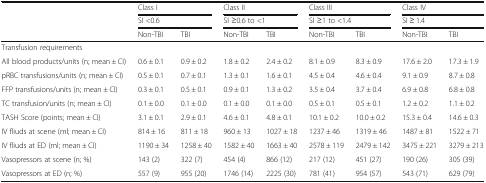
<table><thead><tr><td></td><td colspan="2"><b>Class I</b></td><td colspan="2"><b>Class II</b></td><td colspan="2"><b>Class III</b></td><td colspan="2"><b>Class IV</b></td></tr><tr><td></td><td colspan="2"><b>SI &lt;0.6</b></td><td colspan="2"><b>SI ≥0.6 to &lt;1</b></td><td colspan="2"><b>SI ≥1 to &lt;1.4</b></td><td colspan="2"><b>SI ≥ 1.4</b></td></tr><tr><td></td><td><b>Non-TBI</b></td><td><b>TBI</b></td><td><b>Non-TBI</b></td><td><b>TBI</b></td><td><b>Non-TBI</b></td><td><b>TBI</b></td><td><b>Non-TBI</b></td><td><b>TBI</b></td></tr></thead><tbody><tr><td>Transfusion requirements</td><td></td><td></td><td></td><td></td><td></td><td></td><td></td><td></td></tr><tr><td>All blood products/units (n; mean ± CI)</td><td>0.6 ± 0.1</td><td>0.9 ± 0.2</td><td>1.8 ± 0.2</td><td>2.4 ± 0.2</td><td>8.1 ± 0.9</td><td>8.3 ± 0.9</td><td>17.6 ± 2.0</td><td>17.3 ± 1.9</td></tr><tr><td>pRBC transfusions/units (n; mean ± CI)</td><td>0.5 ± 0.1</td><td>0.7 ± 0.1</td><td>1.3 ± 0.1</td><td>1.6 ± 0.1</td><td>4.5 ± 0.4</td><td>4.6 ± 0.4</td><td>9.1 ± 0.9</td><td>8.7 ± 0.8</td></tr><tr><td>FFP transfusions/units (n; mean ± CI)</td><td>0.3 ± 0.1</td><td>0.5 ± 0.1</td><td>0.9 ± 0.1</td><td>1.3 ± 0.2</td><td>3.5 ± 0.4</td><td>3.7 ± 0.4</td><td>6.9 ± 0.8</td><td>6.8 ± 0.8</td></tr><tr><td>TC transfusion/units (n; mean ± CI)</td><td>0.1 ± 0.0</td><td>0.1 ± 0.0</td><td>0.1 ± 0.0</td><td>0.1 ± 0.0</td><td>0.5 ± 0.1</td><td>0.5 ± 0.1</td><td>1.2 ± 0.2</td><td>1.1 ± 0.2</td></tr><tr><td>TASH Score (points; mean ± CI)</td><td>3.1 ± 0.1</td><td>2.9 ± 0.1</td><td>4.6 ± 0.1</td><td>4.8 ± 0.1</td><td>10.1 ± 0.2</td><td>10.0 ± 0.2</td><td>15.3 ± 0.4</td><td>14.6 ± 0.3</td></tr><tr><td>IV fliuds at scene (ml; mean ± CI)</td><td>814 ± 16</td><td>811 ± 18</td><td>960 ± 13</td><td>1027 ± 18</td><td>1237 ± 46</td><td>1319 ± 46</td><td>1487 ± 81</td><td>1522 ± 71</td></tr><tr><td>IV fliuds at ED (ml; mean ± CI)</td><td>1190 ± 34</td><td>1258 ± 40</td><td>1582 ± 40</td><td>1663 ± 40</td><td>2578 ± 119</td><td>2479 ± 142</td><td>3475 ± 221</td><td>3279 ± 213</td></tr><tr><td>Vasopressors at scene (n; %)</td><td>143 (2)</td><td>322 (7)</td><td>454 (4)</td><td>866 (12)</td><td>217 (12)</td><td>451 (27)</td><td>190 (26)</td><td>305 (39)</td></tr><tr><td>Vasopressors at ED (n; %)</td><td>557 (9)</td><td>955 (20)</td><td>1746 (14)</td><td>2225 (30)</td><td>781 (41)</td><td>954 (57)</td><td>543 (71)</td><td>629 (79)</td></tr></tbody></table>